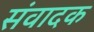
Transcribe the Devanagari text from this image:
संवादक